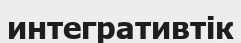
интегративтік